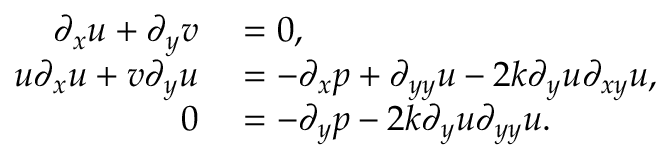
\begin{array} { r l } { \partial _ { x } u + \partial _ { y } v } & { { } = 0 , } \\ { u \partial _ { x } u + v \partial _ { y } u } & { { } = - \partial _ { x } p + \partial _ { y y } u - 2 k \partial _ { y } u \partial _ { x y } u , } \\ { 0 } & { { } = - \partial _ { y } p - 2 k \partial _ { y } u \partial _ { y y } u . } \end{array}